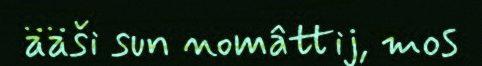
ääši sun nomâttij, mos